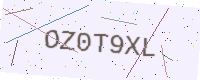
Text: OZ0T9XL